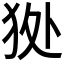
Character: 𤝥